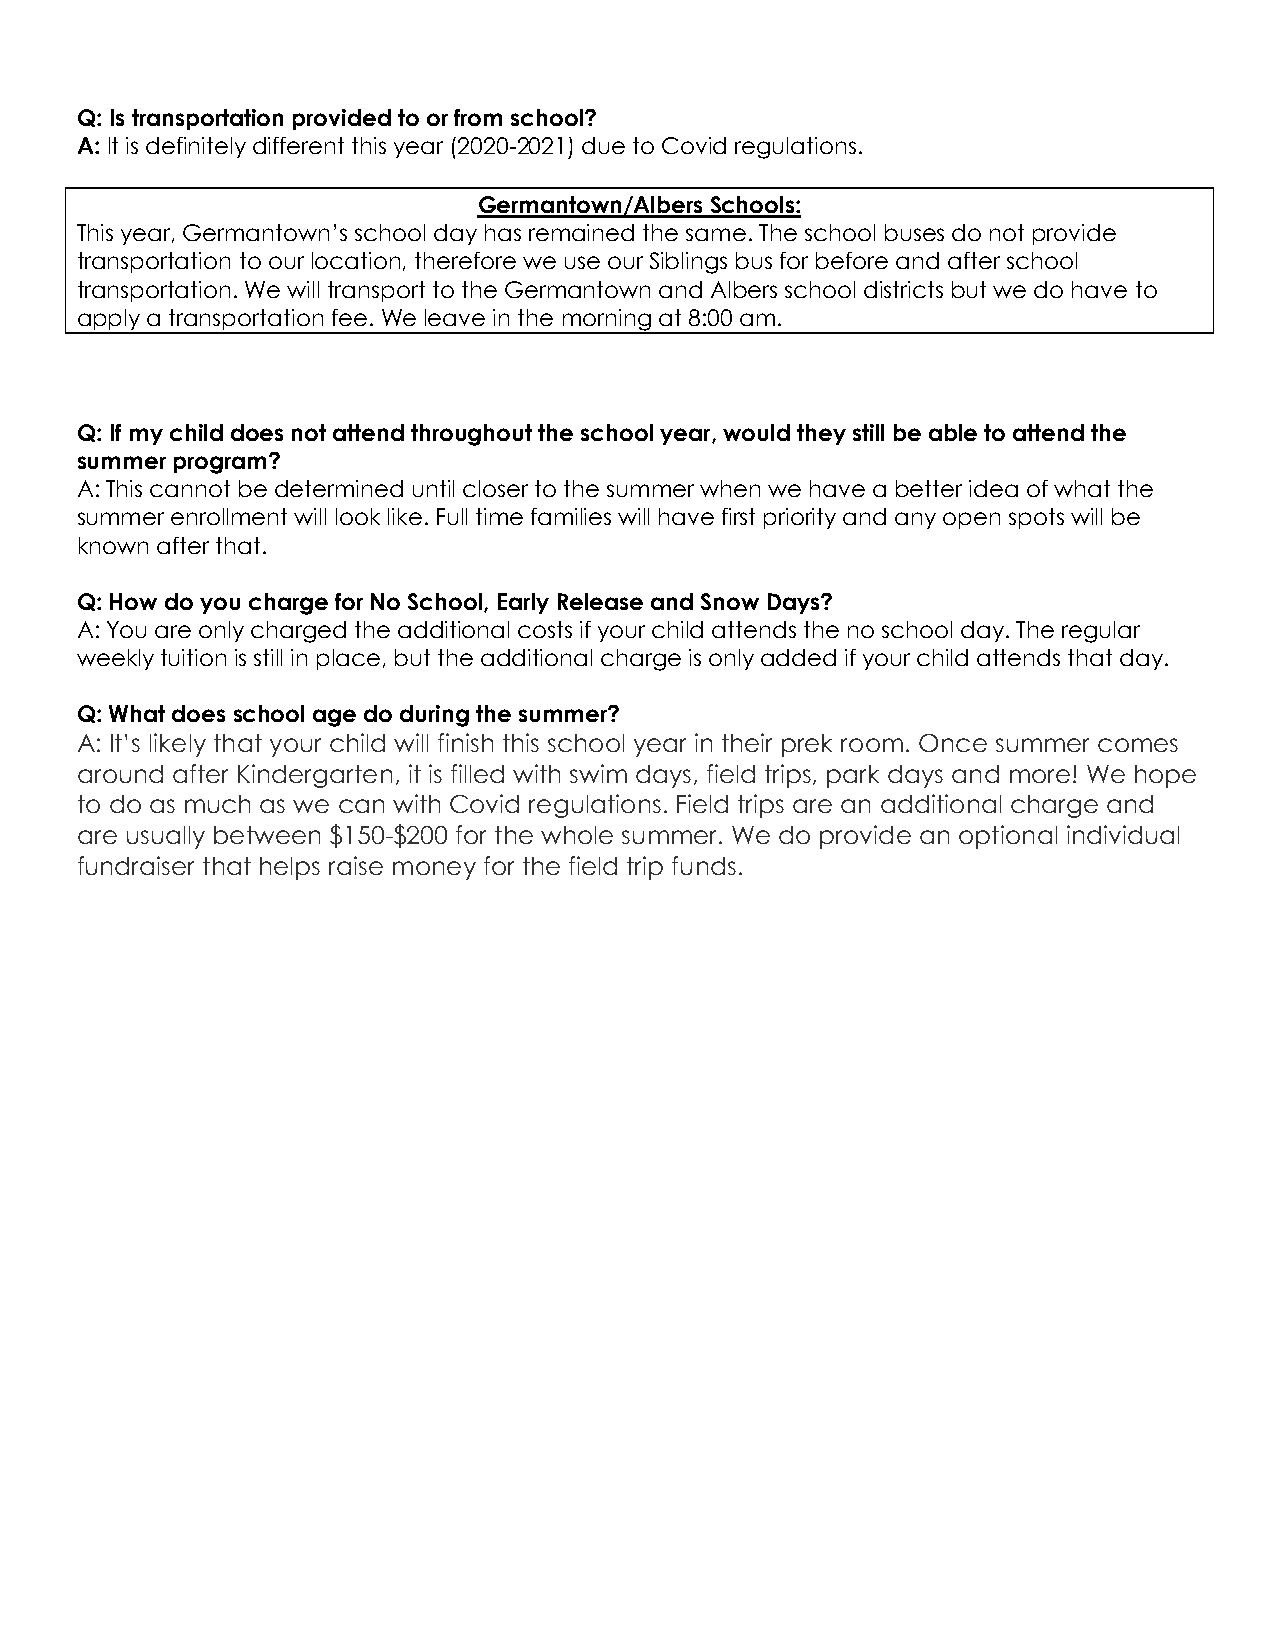
Q: Is transportation provided to or from school?
 A: It is definitely different this year (2020-2021) due to Covid regulations.
 Germantown/Albers Schools:
 This year, Germantown’s school day has remained the same. The school buses do not provide
 transportation to our location, therefore we use our Siblings bus for before and after school
 transportation. We will transport to the Germantown and Albers school districts but we do have to
 apply a transportation fee. We leave in the morning at 8:00 am.
 Q: If my child does not attend throughout the school year, would they still be able to attend the
 summer program?
 A: This cannot be determined until closer to the summer when we have a better idea of what the
 summer enrollment will look like. Full time families will have first priority and any open spots will be
 known after that.
 Q: How do you charge for No School, Early Release and Snow Days?
 A: You are only charged the additional costs if your child attends the no school day. The regular
 weekly tuition is still in place, but the additional charge is only added if your child attends that day.
 Q: What does school age do during the summer?
 A: It’s likely that your child will finish this school year in their prek room. Once summer comes
 around after Kindergarten, it is filled with swim days, field trips, park days and more! We hope
 to do as much as we can with Covid regulations. Field trips are an additional charge and
 are usually between $150-$200 for the whole summer. We do provide an optional individual
 fundraiser that helps raise money for the field trip funds.